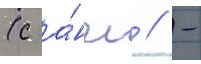
(с а́нгл // -